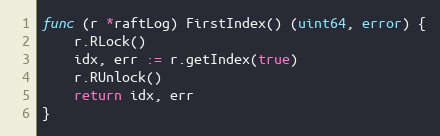
Language: Go
func (r *raftLog) FirstIndex() (uint64, error) {
	r.RLock()
	idx, err := r.getIndex(true)
	r.RUnlock()
	return idx, err
}